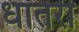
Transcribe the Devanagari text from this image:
धातरी